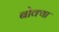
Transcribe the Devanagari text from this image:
बोक्या